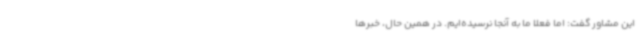
این مشاور گفت: اما فعلا ما به آنجا نرسیده‌ایم. در همین حال، خبرها